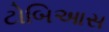
ટોબિઆસ